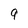
Character: 9